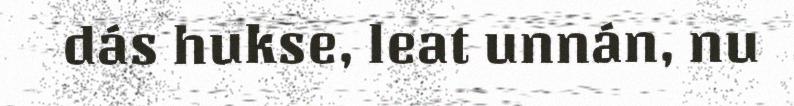
dás hukse, leat unnán, nu